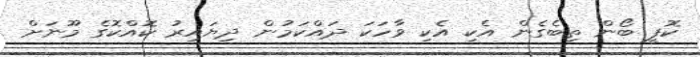
ކޮފީ ބޯން ތިބެގެން އެކި އެކި ވާހަކަ ދައްކަމުން ދިޔައިރު ކޮއްކޮގެ މޫނަށް